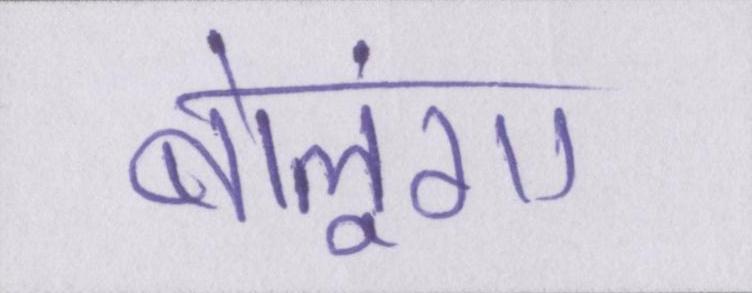
बोलूंगा